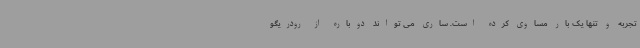
تجربه و تنها یک بار مساوی کرده است. ساری می تواند دوباره از رودریگو